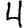
Digit: 4